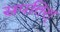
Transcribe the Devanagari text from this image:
सपत्तिश्